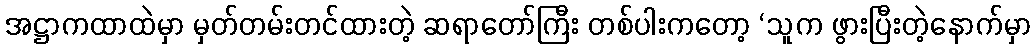
အဋ္ဌာကထာထဲမှာ မှတ်တမ်းတင်ထားတဲ့ ဆရာတော်ကြီး တစ်ပါးကတော့ ‘သူက ဖွားပြီးတဲ့နောက်မှာ